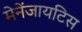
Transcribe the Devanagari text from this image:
मेनेंजायटिस